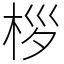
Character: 桚